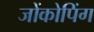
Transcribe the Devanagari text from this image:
जोंकोपिंग